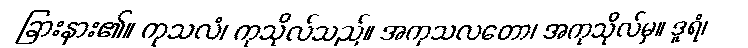
ခြားနား၏။ ကုသလံ၊ ကုသိုလ်သည်။ အကုသလတော၊ အကုသိုလ်မှ။ ဒူရံ၊